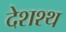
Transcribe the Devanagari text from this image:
देशश्थ